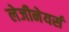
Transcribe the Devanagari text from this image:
लेजीनेयर्स